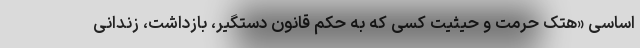
اساسی «هتک حرمت و حیثیت کسی که به حکم قانون دستگیر، بازداشت، زندانی